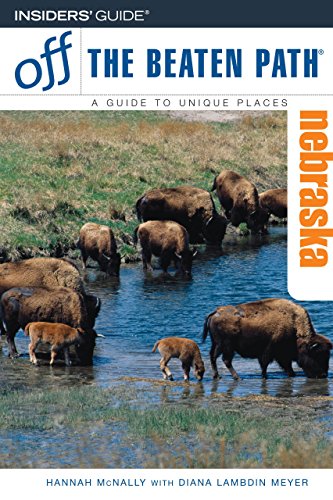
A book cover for Nebraska Off the Beaten Path, 6th (Off the Beaten Path Series); Hannah McNally; Travel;